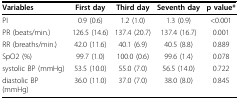
<table><thead><tr><td><b>Variables</b></td><td><b>First day</b></td><td><b>Third day</b></td><td><b>Seventh day</b></td><td><b>p value*</b></td></tr></thead><tbody><tr><td>PI</td><td>0.9 (0.6)</td><td>1.2 (1.0)</td><td>1.3 (0.9)</td><td>&lt;0.001</td></tr><tr><td>PR (beats/min.)</td><td>126.5 (14.6)</td><td>137.4 (20.7)</td><td>137.4 (16.7)</td><td>0.001</td></tr><tr><td>RR (breaths/min.)</td><td>42.0 (11.6)</td><td>40.1 (6.9)</td><td>40.5 (8.8)</td><td>0.889</td></tr><tr><td>SpO2 (%)</td><td>99.7 (1.0)</td><td>100.0 (0.6)</td><td>99.6 (1.4)</td><td>0.078</td></tr><tr><td>systolic BP (mmHg)</td><td>53.5 (10.0)</td><td>55.0 (7.0)</td><td>56.5 (14.0)</td><td>0.722</td></tr><tr><td>diastolic BP (mmHg)</td><td>36.0 (11.0)</td><td>37.0 (7.0)</td><td>38.0 (8.0)</td><td>0.845</td></tr></tbody></table>